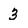
Character: 3